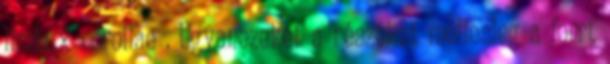
limbux corollae . Ugyanezeket a részeket mellesleg a forrt